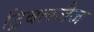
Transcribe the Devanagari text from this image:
ट्रिबलजैज